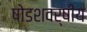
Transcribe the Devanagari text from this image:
षोडशवर्षीय